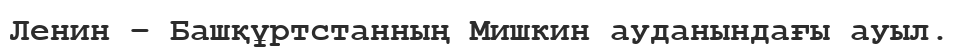
Ленин – Башқұртстанның Мишкин ауданындағы ауыл.